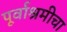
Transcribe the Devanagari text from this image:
पूर्वाश्रमीचा